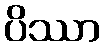
ပိဿာ